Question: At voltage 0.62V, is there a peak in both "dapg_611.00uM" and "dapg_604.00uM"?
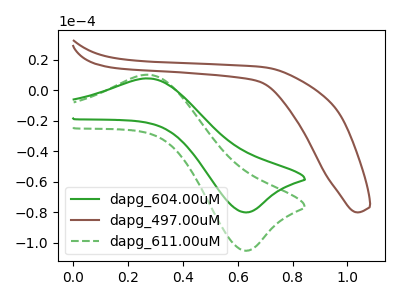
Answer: <think>The green curve "dapg_604.00uM" has an anodic peak at (0.30V, 7.70uA) and a cathodic peak at (0.60V, -80.15uA). The brown curve "dapg_497.00uM" has no peaks. The green dashed curve "dapg_611.00uM" has an anodic peak at (0.30V, 10.10uA) and a cathodic peak at (0.60V, -105.25uA).</think>
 <answer>Yes, "dapg_611.00uM" and "dapg_604.00uM" share a peak at 0.62V.</answer>
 <eval>match</eval>